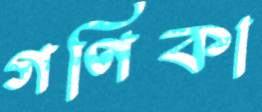
গণিকা